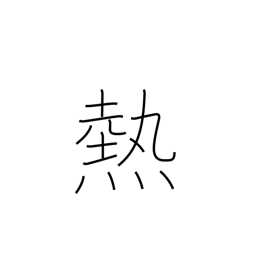
Meaning: passion